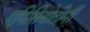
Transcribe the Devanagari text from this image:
एपिसियोतोमी